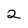
Character: 2